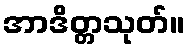
အာဒိတ္တသုတ်။